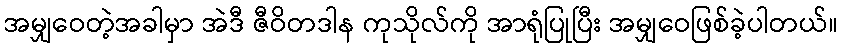
အမျှဝေတဲ့အခါမှာ အဲဒီ ဇီဝိတဒါန ကုသိုလ်ကို အာရုံပြုပြီး အမျှဝေဖြစ်ခဲ့ပါတယ်။